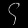
Digit: ၄